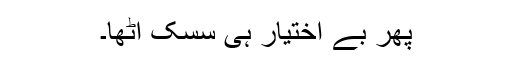
پھر بے اختیار ہی سسک اٹھا۔